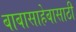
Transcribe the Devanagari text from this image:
बाबासाहेबासाठी